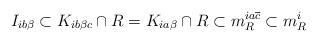
LaTeX: \begin{align*}I_{ib\beta}\subset K_{ib\beta c}\cap R=K_{ia\beta}\cap R\subset m_R^{ia\overline c}\subset m_R^i\end{align*}